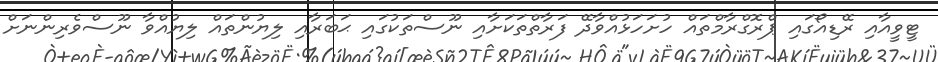
ޓީވީއާއި ރޭޑިއޯގައި ޕްރޮގްރާމްތައް ހުށަހަޅުއްވާދޭ ފަރާތްތަކަށާއި ނޫސްތަކުގައި ޙަބަރާއި ލިޔުންތައް ލިޔުއްވާ ނޫސްވެރިންނަށް